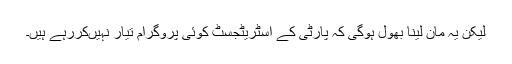
لیکن یہ مان لینا بھول ہوگی کہ پارٹی کے اسٹریٹجسٹ کوئی پروگرام تیار نہیںکررہے ہیں۔